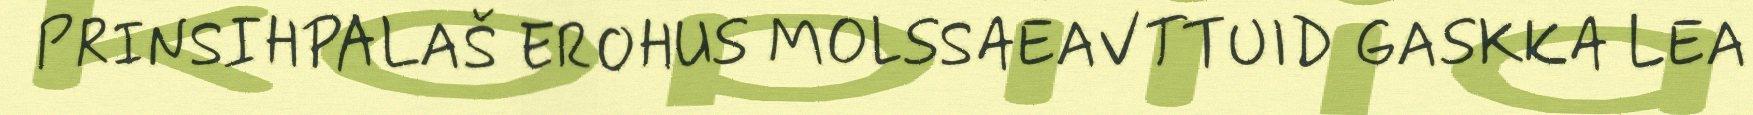
PRINSIHPALAŠ EROHUS MOLSSAEAVTTUID GASKKA LEA